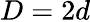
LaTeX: D=2d